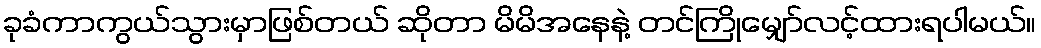
ခုခံကာကွယ်သွားမှာဖြစ်တယ် ဆိုတာ မိမိအနေနဲ့ တင်ကြိုမျှော်လင့်ထားရပါမယ်။